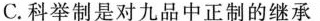
C.科举制是对九品中正制的继承